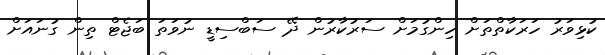
ކުޅިވަރު ހަރަކާތްތަށް ހިންގުމަށް ސަރުކާރުން ދޭ ސަބްސިޑީ ނުވަތަ ބަޖެޓް ތިން ގުނައަށް